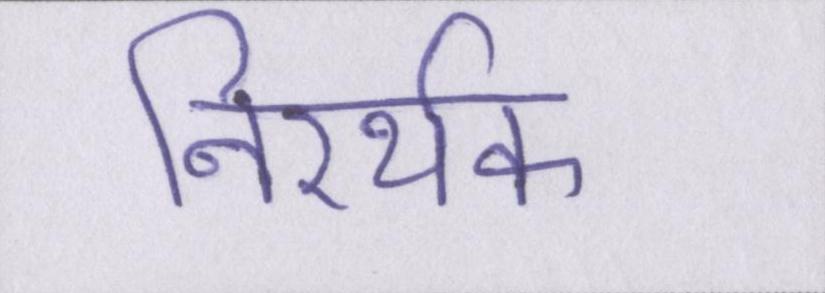
निरर्थक